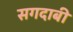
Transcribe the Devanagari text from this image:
सगदाबी